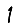
Digit: 1